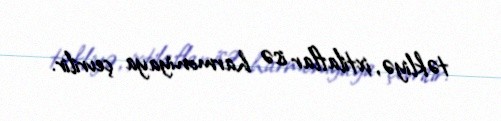
təkliyə, ixtilaflar isə harmoniyaya çevrilir.